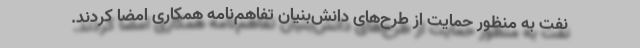
نفت به منظور حمایت از طرح‌های دانش‌بنیان تفاهم‌نامه همکاری امضا کردند.